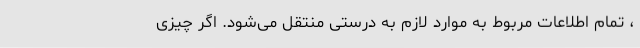
، تمام اطلاعات مربوط به موارد لازم به درستی منتقل می‌شود. اگر چیزی